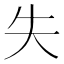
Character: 失